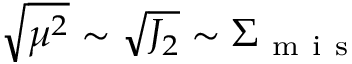
\sqrt { \mu ^ { 2 } } \sim \sqrt { J _ { 2 } } \sim \Sigma _ { \mathrm { ~ m ~ i ~ s ~ } }